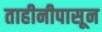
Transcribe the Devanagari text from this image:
ताहीनीपासून